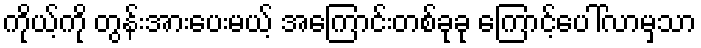
ကိုယ့်ကို တွန်းအားပေးမယ့် အကြောင်းတစ်ခုခု ကြောင့်ပေါ်လာမှသာ